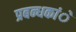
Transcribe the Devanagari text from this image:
प्रबन्धकांे